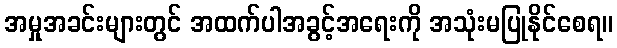
အမှုအခင်းများတွင် အထက်ပါအခွင့်အရေးကို အသုံးမပြုနိုင်စေရ။